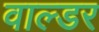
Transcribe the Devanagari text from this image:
वाल्डर